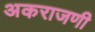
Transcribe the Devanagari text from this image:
अकराजणी